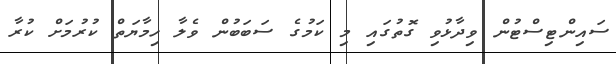
ސައިންޓިސްޓުން ވިދާޅުވި ގޮތުގައި މި ކަމުގެ ސަބަބުން ވެލާ ހިމާޔަތް ކުރުމަށް ކުރާ